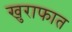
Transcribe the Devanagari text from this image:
खुराफात